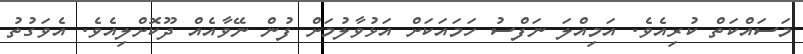
މަސައްކަތް ކުރިއެވެ. އަމިއްލަ ނަފްސު ހަމައަކަށް އަޅުވާލުމަށް ފުން ނޭވާއެއް ދޫކޮށްލިއެވެ. އެވަގުތު